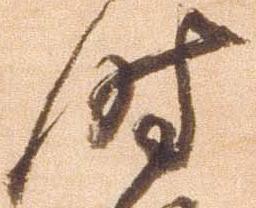
時